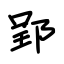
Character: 郢